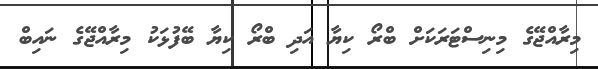
މިރާއްޖޭގެ މިނިސްޓަރަކަށް ބްރޯ ކިޔާ އަދި ބްރޯ ކިޔާ ބޭފުޅަކު މިރާއްޖޭގެ ނައިބް